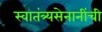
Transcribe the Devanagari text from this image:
स्वातंत्र्यसेनानींची